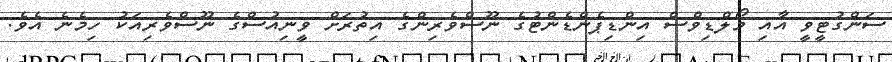
ސަންގުޓީވީ އާއި މޯލްޑިވްސް އިންޑިޕެންޑެންޓުގެ ނޫސްވެރިންގެ އިތުރަށް ވީނިއުސްގެ ނޫސްވެރިއަކު ހިމެނެ އެވެ.